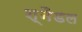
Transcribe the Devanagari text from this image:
श्नैडल